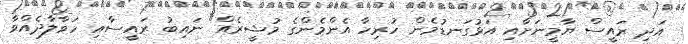
އަދި ރައީސް ޔާމީނަށާއި އަޅުގަނޑުމެން ހުރިހާ އެންމެންގެ މުޝީރެއް" ނައިބު ރައީސާއި ހަވާލާދެއްވާ